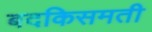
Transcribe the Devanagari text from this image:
बदकिसमती